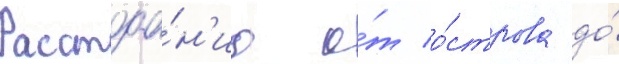
Расстоа́н'иа о́т о́строва до́